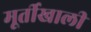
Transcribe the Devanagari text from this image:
मूर्तीखाली